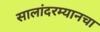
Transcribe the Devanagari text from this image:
सालांदरम्यानचा